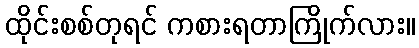
ထိုင်းစစ်တုရင် ကစားရတာကြိုက်လား။